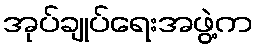
အုပ်ချုပ်ရေးအဖွဲ့က